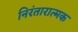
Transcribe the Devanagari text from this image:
निरंतारात्मक